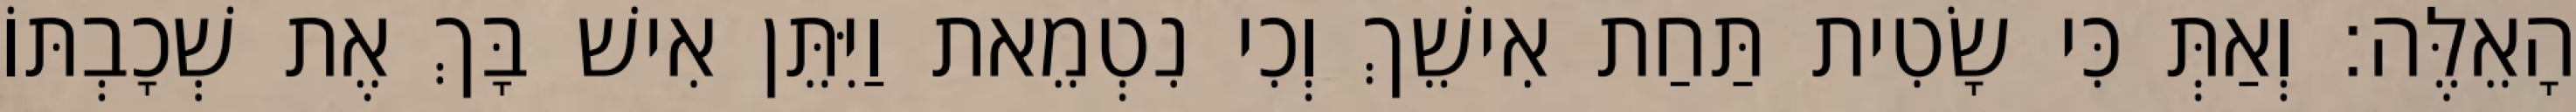
הָאֵלֶּה׃ וְאַתְּ כִּי שָׂטִית תַּחַת אִישֵׁךְ וְכִי נִטְמֵאת וַיִּתֵּן אִישׁ בָּךְ אֶת שְׁכָבְתּוֹ